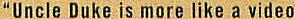
"Uncle Duke is more like a video